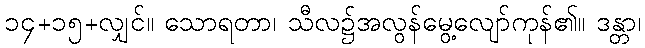
၁၄+၁၅+လျှင်။ သောရတာ၊ သီလ၌အလွန်မွေ့လျော်ကုန်၏။ ဒန္တာ၊